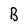
Character: B